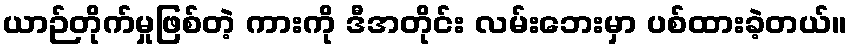
ယာဉ်တိုက်မှုဖြစ်တဲ့ ကားကို ဒီအတိုင်း လမ်းဘေးမှာ ပစ်ထားခဲ့တယ်။